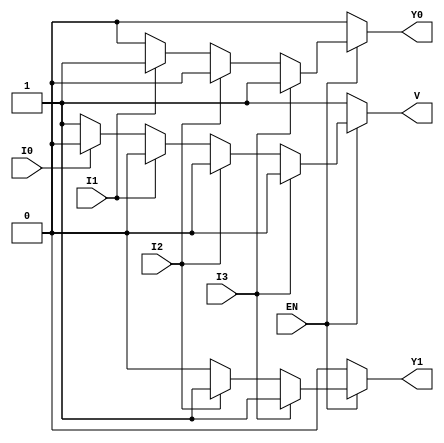
module encoder_4to2 (
    input wire EN,   // Enable signal
    input wire I0,   // Input 0
    input wire I1,   // Input 1
    input wire I2,   // Input 2
    input wire I3,   // Input 3
    output reg Y0,   // Output bit 0
    output reg Y1,   // Output bit 1
    output reg V     // Invalid output
);

always @(*) begin
    if (~EN) begin
        // When enable is low, set outputs to defined state
        Y0 = 0;
        Y1 = 0;
        V = 1;  // Invalid state
    end else begin
        // When enable is high, process inputs
        if (I3) begin
            Y0 = 1;
            Y1 = 1;
            V = 0;  // Valid input detected
        end else if (I2) begin
            Y0 = 0;
            Y1 = 1;
            V = 0;  // Valid input detected
        end else if (I1) begin
            Y0 = 1;
            Y1 = 0;
            V = 0;  // Valid input detected
        end else if (I0) begin
            Y0 = 0;
            Y1 = 0;
            V = 0;  // Valid input detected
        end else begin
            // No inputs are active
            Y0 = 0;
            Y1 = 0;
            V = 1;  // Invalid state
        end
    end
end

endmodule